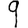
Digit: 9